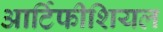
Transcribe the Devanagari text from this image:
आर्टिफीशियल